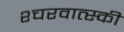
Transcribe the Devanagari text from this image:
श्चरवात्स्की